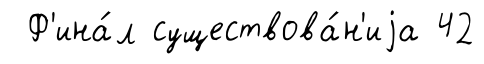
Ф'ина́л существова́н'иjа 42